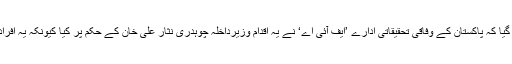
جمعرات کو وزارت داخلہ کے ایک بیان میں کہا گیا کہ پاکستان کے وفاقی تحقیقاتی ادارے ’ایف آئی اے‘ نے یہ اقدام وزیرِداخلہ چوہدری نثار علی خان کے حکم پر کیا کیونکہ یہ افراد غیر قانونی طور پر پاکستان واپس بھیجے گئے۔